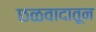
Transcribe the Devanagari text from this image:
छळवादातून